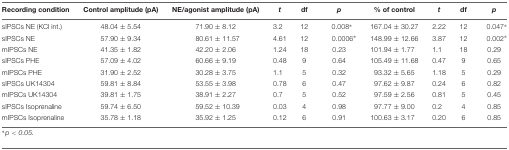
<table><thead><tr><td><b>Recording condition</b></td><td><b>Control amplitude (pA)</b></td><td><b>NE/agonist amplitude (pA)</b></td><td><b><i>t</i></b></td><td><b>df</b></td><td><b><i>p</i></b></td><td><b>% of control</b></td><td><b><i>t</i></b></td><td><b>df</b></td><td><b><i>p</i></b></td></tr></thead><tbody><tr><td>sIPSCs NE (KCl int.)</td><td>48.04 ± 5.54</td><td>71.90 ± 8.12</td><td>3.2</td><td>12</td><td>0.008<sup>∗</sup></td><td>167.04 ± 30.27</td><td>2.22</td><td>12</td><td>0.047<sup>∗</sup></td></tr><tr><td>sIPSCs NE</td><td>57.90 ± 9.34</td><td>80.61 ± 11.57</td><td>4.61</td><td>12</td><td>0.0006<sup>∗</sup></td><td>148.99 ± 12.66</td><td>3.87</td><td>12</td><td>0.002<sup>∗</sup></td></tr><tr><td>mIPSCs NE</td><td>41.35 ± 1.82</td><td>42.20 ± 2.06</td><td>1.24</td><td>18</td><td>0.23</td><td>101.94 ± 1.77</td><td>1.1</td><td>18</td><td>0.29</td></tr><tr><td>sIPSCs PHE</td><td>57.09 ± 4.02</td><td>60.66 ± 9.19</td><td>0.48</td><td>9</td><td>0.64</td><td>105.49 ± 11.68</td><td>0.47</td><td>9</td><td>0.65</td></tr><tr><td>mIPSCs PHE</td><td>31.90 ± 2.52</td><td>30.28 ± 3.75</td><td>1.1</td><td>5</td><td>0.32</td><td>93.32 ± 5.65</td><td>1.18</td><td>5</td><td>0.29</td></tr><tr><td>sIPSCs UK14304</td><td>59.81 ± 8.84</td><td>53.55 ± 3.98</td><td>0.78</td><td>6</td><td>0.47</td><td>97.62 ± 9.87</td><td>0.24</td><td>6</td><td>0.82</td></tr><tr><td>mIPSCs UK14304</td><td>39.81 ± 1.75</td><td>38.91 ± 2.27</td><td>0.7</td><td>5</td><td>0.52</td><td>97.59 ± 2.56</td><td>0.81</td><td>5</td><td>0.45</td></tr><tr><td>sIPSCs Isoprenaline</td><td>59.74 ± 6.50</td><td>59.52 ± 10.39</td><td>0.03</td><td>4</td><td>0.98</td><td>97.77 ± 9.00</td><td>0.2</td><td>4</td><td>0.85</td></tr><tr><td>mIPSCs Isoprenaline</td><td>35.78 ± 1.18</td><td>35.92 ± 1.25</td><td>0.12</td><td>6</td><td>0.91</td><td>100.63 ± 3.17</td><td>0.20</td><td>6</td><td>0.85</td></tr></tbody></table>